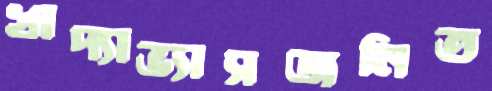
খাদ্যাভ্যাসজনিত